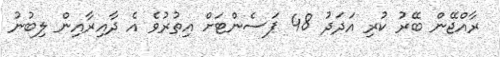
ރާއްޖޭން ބޭރު ކުރި އަދަދު 48 ޕަސެންޓަށް އިތުރުވެ އެ ދާއިރާއިން ލިބުނު